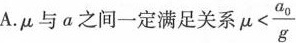
A.μ与a之间一定满足关系 $$\mu< \frac{a_{0}}{g}$$